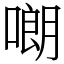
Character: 𠻴